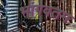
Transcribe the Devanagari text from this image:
भागवतम